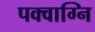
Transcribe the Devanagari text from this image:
पक्वाग्नि